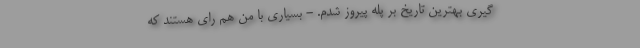
گیری بهترین تاریخ بر پله پیروز شدم. - بسیاری با من هم رای هستند که